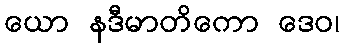
ယော နဒီမာတိကော ဒေဝ၊